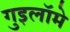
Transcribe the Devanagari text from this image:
गुइलॉमे